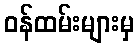
ဝန်ထမ်းများမှ